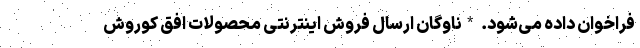
فراخوان داده می‌شود. *ناوگان ارسال فروش اینترنتی محصولات افق کوروش